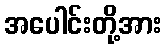
အပေါင်းတို့အား